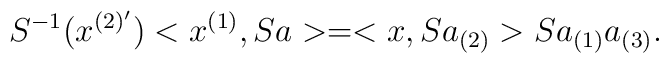
S^{-1}(x^{(2)'})<x^{(1)},S a> =  <x , S a_{(2)}> S a_{(1)} a_{(3)}.